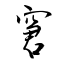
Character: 窘